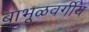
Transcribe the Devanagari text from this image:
बाभूळवर्गीय